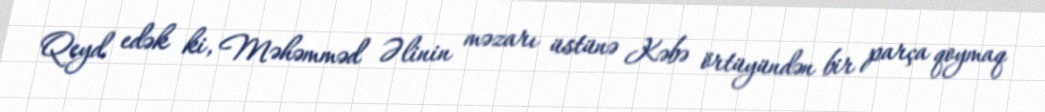
Qeyd edək ki, Məhəmməd Əlinin məzarı üstünə Kəbə örtüyündən bir parça qoymaq